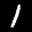
Label: 1